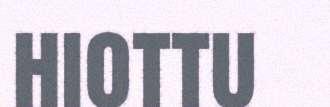
hiottu